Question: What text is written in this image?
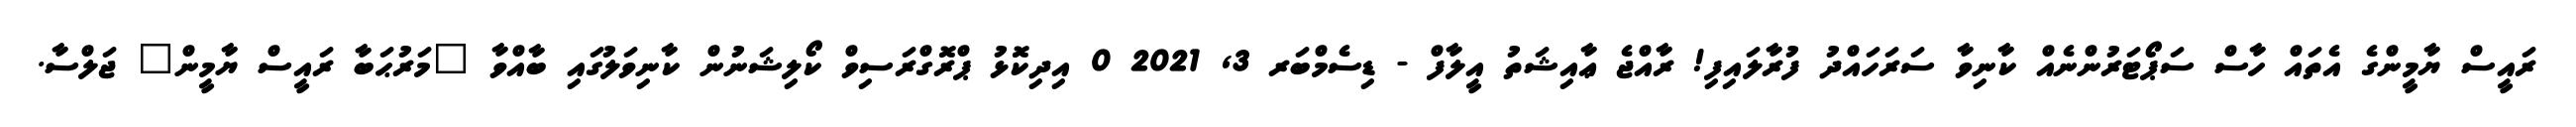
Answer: ރައީސް ޔާމީންގެ އެތައް ހާސް ސަޕޯޓަރުންނެއް ކާނިވާ ސަރަހައްދު ފުރާލައިފި! ރާއްޖެ ޢާއިޝަތު އީލާފް - ޑިސެމްބަރ 3, 2021 0 އިދިކޮޅު ޕްރޮގްރަސިވް ކޯލިޝަނުން ކާނިވަލުގައި ބާއްވާ "މަރުޙަބާ ރައީސް ޔާމީން" ޖަލްސާ.